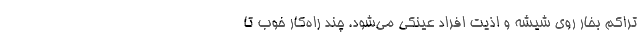
تراکم بخار روی شیشه و اذیت افراد عینکی می‌شود. چند راه‌کار خوب تا